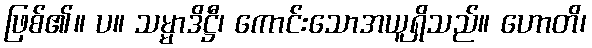
ဖြစ်၏။ ပ။ သမ္မာဒိဋ္ဌီ၊ ကောင်းသောအယူရှိသည်။ ဟောတိ၊